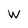
Character: w